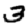
Digit: 3